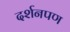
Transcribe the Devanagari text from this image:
दर्शनपण